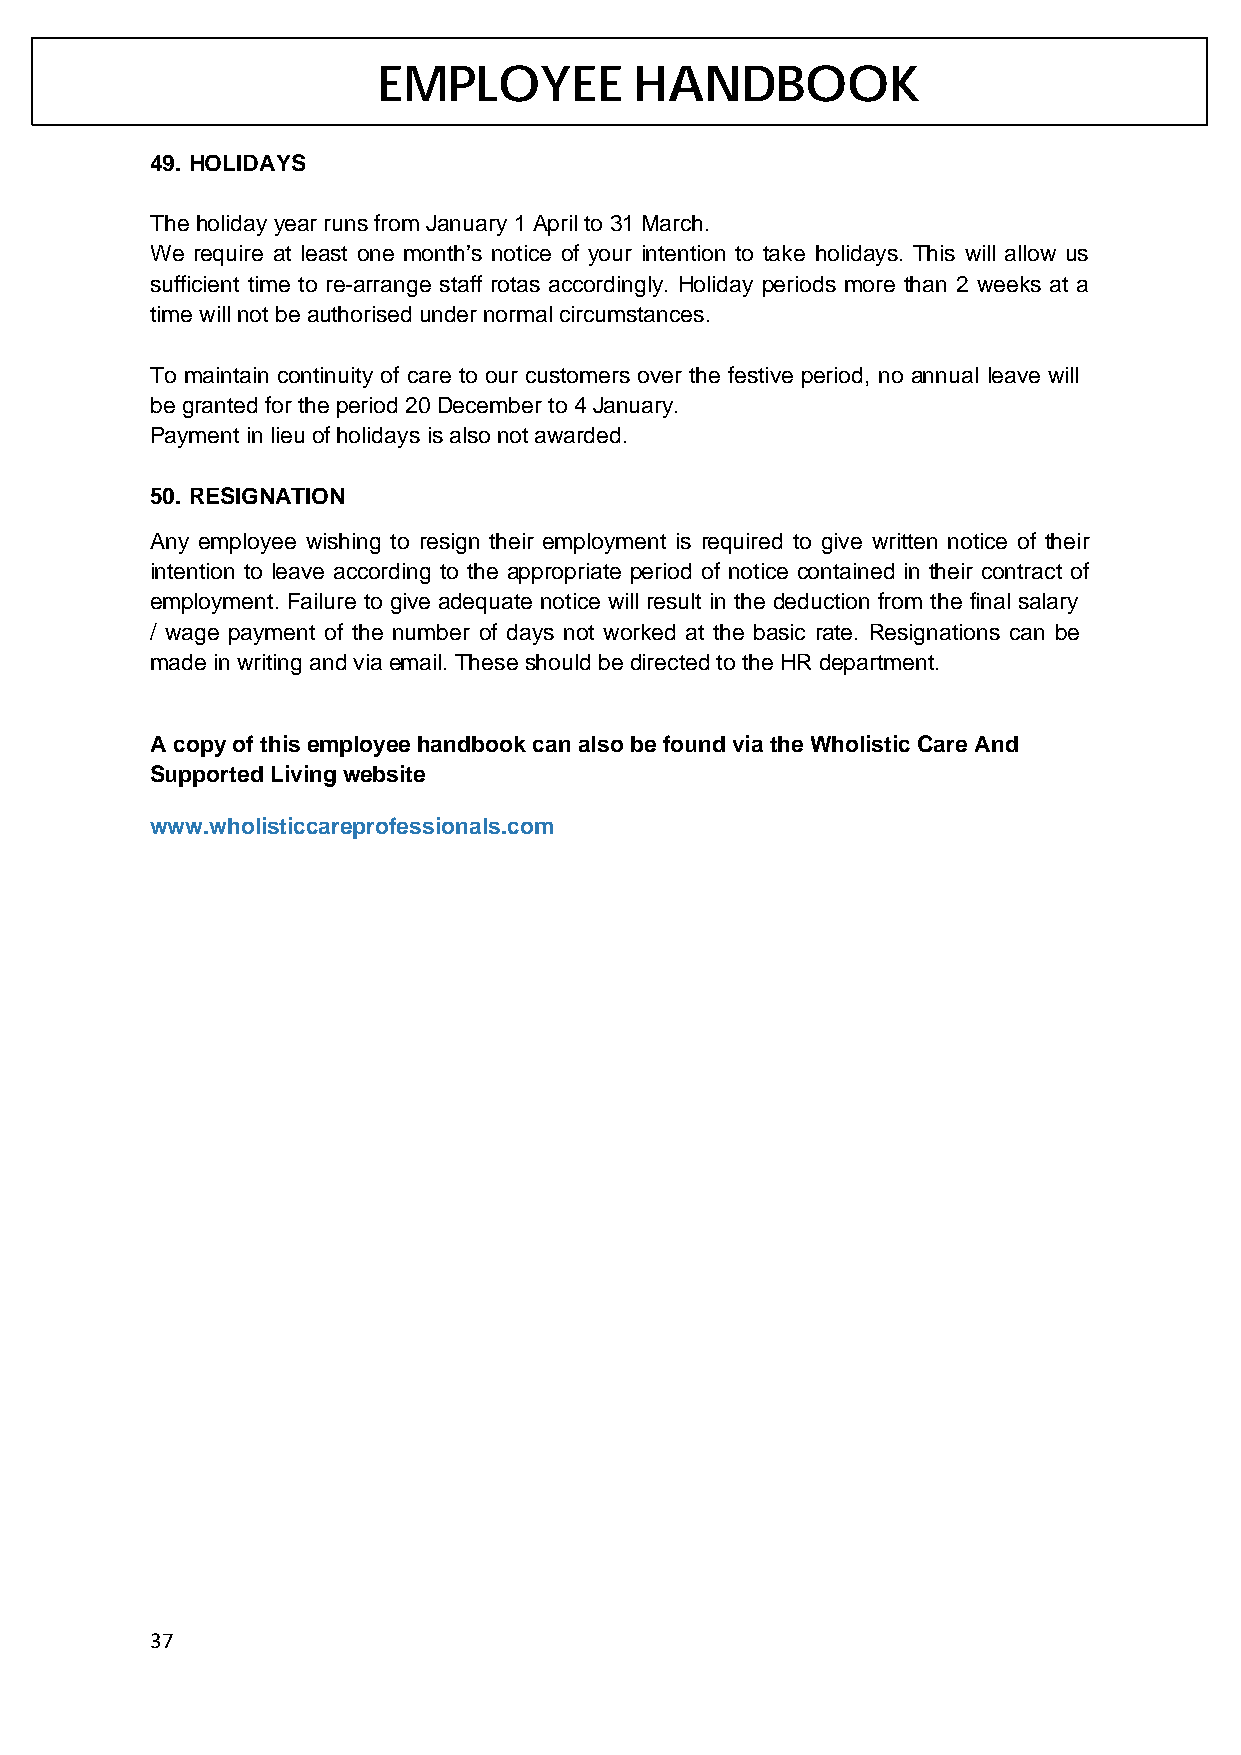
EMPLOYEE         HANDBOOK
 49. HOLIDAYS
 The holiday year runs from January 1 April to 31 March.
 We require at least one month’s notice of your intention to take holidays. This will allow us
 sufficient time to re-arrange staff rotas accordingly. Holiday periods more than 2 weeks at a
 time will not be authorised under normal circumstances.
 To maintain continuity of care to our customers over the festive period, no annual leave will
 be granted for the period 20 December to 4 January.
 Payment in lieu of holidays is also not awarded.
 50. RESIGNATION
 Any employee wishing to resign their employment is required to give written notice of their
 intention to leave according to the appropriate period of notice contained in their contract of
 employment. Failure to give adequate notice will result in the deduction from the final salary
 / wage payment of the number of days not worked at the basic rate. Resignations can be
 made in writing and via email. These should be directed to the HR department.
 A copy of this employee handbook can also be found via the Wholistic Care And
 Supported Living website
 www.wholisticcareprofessionals.com
 37